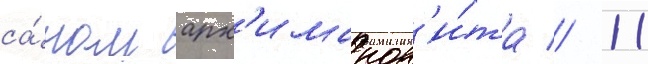
са́ном арх'имандр'и́та // 11